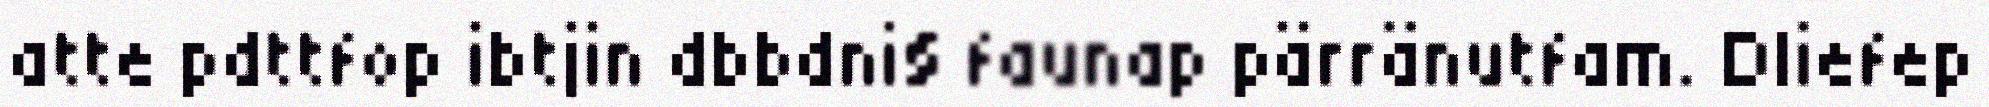
atte pdttfop ibtjin dbbdni§ faunap pärränutfam. Dliefep